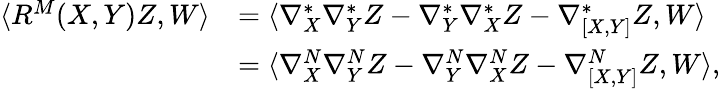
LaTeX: \begin{array}{rl}{\langle R^{M}(X,Y)Z,W\rangle}&{=\langle\nabla_{X}^{*}\nabla_{Y}^{*}Z-\nabla_{Y}^{*}\nabla_{X}^{*}Z-\nabla_{[X,Y]}^{*}Z,W\rangle}\\ &{=\langle\nabla_{X}^{N}\nabla_{Y}^{N}Z-\nabla_{Y}^{N}\nabla_{X}^{N}Z-\nabla_{[X,Y]}^{N}Z,W\rangle,}\end{array}